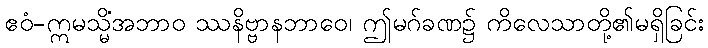
ဧဝံ-ဣမသ္မိံအဘာဝ ဿနိဗ္ဗာနဘာဝေ၊ ဤမဂ်ခဏ၌ ကိလေသာတို့၏မရှိခြင်း